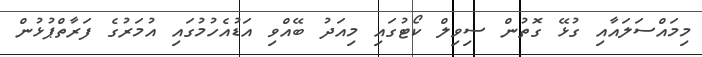
މިމައްސަލައާއި ގުޅޭ ގޮތުން ސިވިލް ކޯޓުގައި މިއަދު ބޭއްވި އަޑުއެހުމުގައި އުމަރުގެ ފަރާތްޕުޅުން